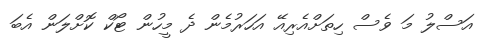
އަސްލު މަ ވެސް ހިތަށްއެރިއޭ އަހަރުމެން ދެ މީހުން ޓޯކް ކޮށްލަން އެބަ